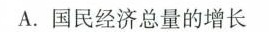
A.国民经济总量的增长